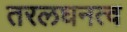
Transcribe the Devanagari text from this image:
तरलघनत्व